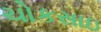
ચોકસાઇ